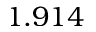
1 . 9 1 4